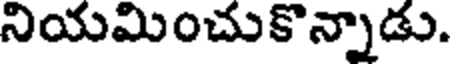
నియమించుకొన్నాడు.